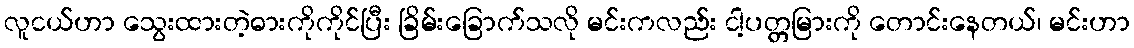
လူငယ်ဟာ သွေးထားတဲ့ဓားကိုကိုင်ပြီး ခြိမ်းခြောက်သလို မင်းကလည်း ငါ့ပတ္တမြားကို တောင်းနေတယ်၊ မင်းဟာ